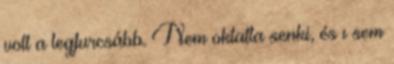
volt a legfurcsább. Nem oktatta senki, és ı sem